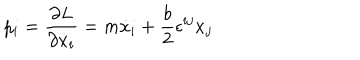
p _ { i } = { \frac { \partial L } { \partial \dot { x } _ { i } } } = m \dot { x } _ { i } + \frac { b } { 2 } \epsilon ^ { i j } x _ { j }